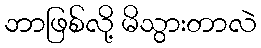
ဘာဖြစ်လို့ မိသွားတာလဲ